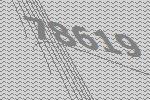
78619